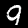
Label: 9